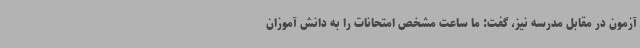
آزمون در مقابل مدرسه نیز، گفت: ما ساعت مشخص امتحانات را به دانش آموزان